Lunatic asylums Burma 1922-24 - 1922-1924
Year: 1922
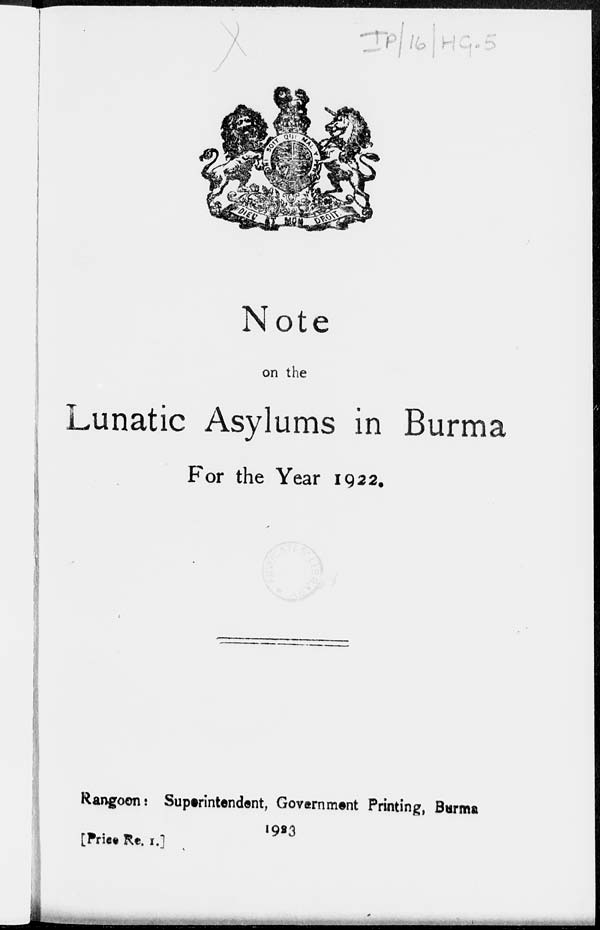
Note
on the
Lunatic Asylums in Burma
For the Year 1922.
Rangoon: Superintendent, Government Printing, Burma
1923
[Price Re. 1.]